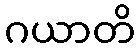
ဂယာတိ